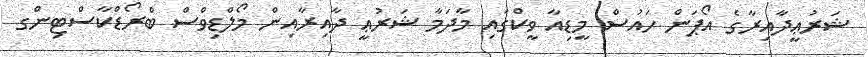
ޝަރުޢީދާއިރާގެ އޯޕަން ހައުސް މީޑިއާ ވީކްގައި މާދަމާ ޝަރުޢީ ދާއިރާއިން މޯލްޑިވްސް ބްރޯޑްކާސްޓިންގ